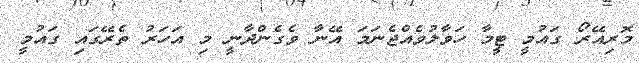
މޮރިއޭރޯ ގައުމީ ޓީމާ ހަވާލުވެއްޖެނަމަ އޭނާ ވެގެންދާނީ މި އަހަރު ތެރޭގައި ގައުމީ